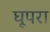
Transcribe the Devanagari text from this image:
घूपरा